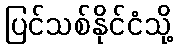
ပြင်သစ်နိုင်ငံသို့